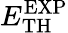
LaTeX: E_{\mathrm{TH}}^{\mathrm{EXP}}